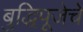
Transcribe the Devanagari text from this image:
बुद्धिपूजेचे